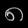
Digit: ၈